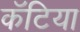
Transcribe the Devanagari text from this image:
कॅटिया